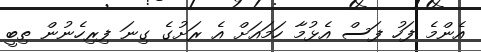
އެންމެ ފަހު ފަސް އެޅުމާ ހަމައަށް އެ ރަށުގެ ގިނަ ފިރިހެނުން ތިބީ